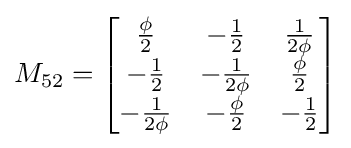
M_{52}={\begin{bmatrix}{\frac {\phi }{2}}&-{\frac {1}{2}}&{\frac {1}{2\phi }}\\-{\frac {1}{2}}&-{\frac {1}{2\phi }}&{\frac {\phi }{2}}\\-{\frac {1}{2\phi }}&-{\frac {\phi }{2}}&-{\frac {1}{2}}\end{bmatrix}}